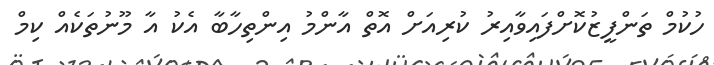
ހުކުމް ތަންފީޒުކޮށްފައިވާއިރު ކުރިއަށް އޮތް އާންމު އިންތިހާބާ އެކު އާ މޫނުތަކެއް ކިމް